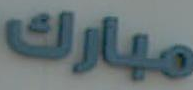
مبارك